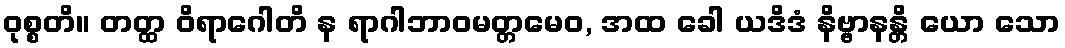
ဝုစ္စတိ။ တတ္ထ ဝိရာဂေါတိ န ရာဂါဘာဝမတ္တမေဝ, အထ ခေါ ယဒိဒံ နိဗ္ဗာနန္တိ ယော သော